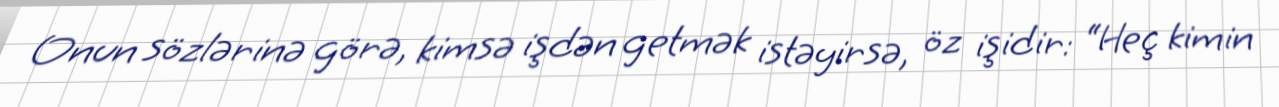
Onun sözlərinə görə, kimsə işdən getmək istəyirsə, öz işidir: “Heç kimin